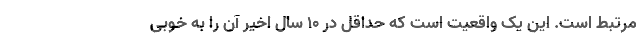
مرتبط است. این یک واقعیت است که حداقل در 10 سال اخیر آن را به خوبی